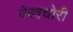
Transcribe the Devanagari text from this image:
वेस्त्रचोरी